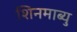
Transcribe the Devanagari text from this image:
शिनमाब्यु